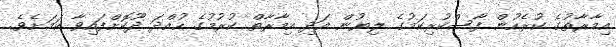
އިމާރާތުގެ ކުރެހުން ފާސްކުރިކަމުގެ ލިޔުން އަދި އިމާރާތް ކުރުމުގެ ހުއްދަ ދޫކޮށްފައިވާ ކަމަށެވެ.